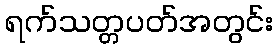
ရက်သတ္တပတ်အတွင်း